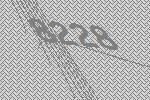
8228